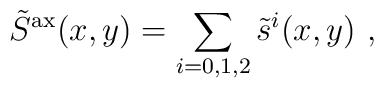
\tilde{S}^{\rm ax}(x,y)= \sum _{i=0,1,2}\tilde{s}^{i}(x,y) \ ,